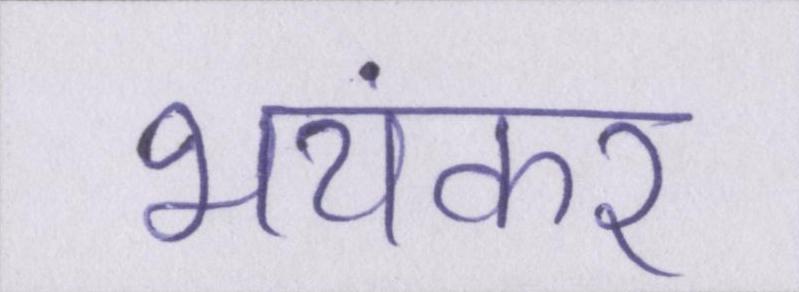
भयंकर